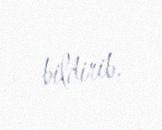
bildirib.